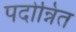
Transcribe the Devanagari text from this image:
पदोन्नित